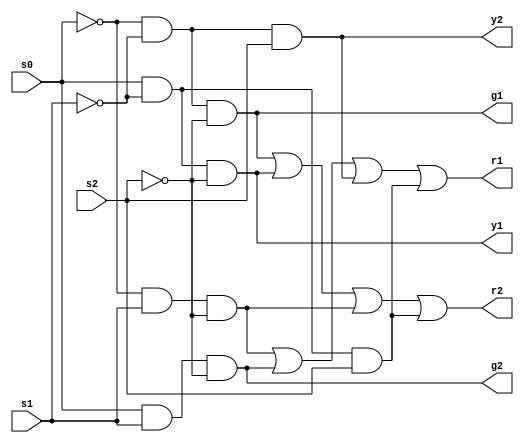
`timescale 1ns / 1ps

module TrafficLights(output g1,y1,r1,g2,y2,r2, input s0, s1, s2);
assign g1 = (~s0)&(~s1)&~(s2);
assign y1 = (s0)&(~s1)&(~s2);
assign g2 = (s0)&(s1)&(~s2);
assign y2 = (~s0)&(~s1)&(s2);
assign r1 = (~s0&s1&~s2)|(s0&s1&~s2)|(~s0&~s1&s2)|(s0&~s1&s2);
assign r2 = (~s0&~s1&~s2)|(s0&~s1&~s2)|(~s0&s1&~s2)|(s0&~s1&s2);
endmodule

//module TrafficLights_tb();
//reg s0,s1,s2;
//wire g1,y1,r1,g2,y2,r2;
//integer i;
//initial begin
//s0 = 0; s1 = 0; s2 = 0;#10
//for(i = 0; i<7;i=i+1)begin
//{s2,s1,s0} = {s2,s1,s0}+1;#10;
//end
//end

//TrafficLights UUT(.s0(s0),.s1(s1),.s2(s2),
//                  .g1(g1),.y1(y1),.r1(r1),
//                  .g2(g2),.y2(y2),.r2(r2));
//endmodule

module TrafficLights_FPGA_tb(input [15:0]sw, output [15:0]led);
TrafficLights dut(
                   .s0(sw[0]),.s1(sw[1]),.s2(sw[2]),
                   .r2(led[0]),.y2(led[1]),.g2(led[2]),
                   .r1(led[3]),.y1(led[4]),.g1(led[5])
                   );
endmodule